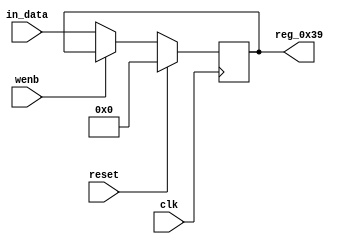
module r_RX_BUF_OBJ2_BYTE_1(output reg [7:0] reg_0x39, input wire reset, input wire wenb, input wire [7:0] in_data, input wire clk);
	always@(posedge clk)
	begin
		if(reset==0) begin
			if(wenb==0)
				reg_0x39<=in_data;
			else
				reg_0x39<=reg_0x39;
		end
		else
			reg_0x39<=8'h00;
	end
endmodule